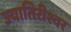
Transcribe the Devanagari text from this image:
ज्यातिरीश्वर